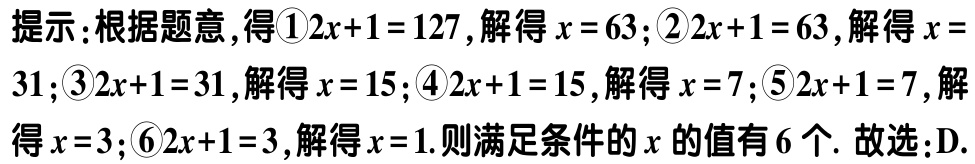
提示：根据题意，得\textcircled{1}\(2x + 1 = 127\)，解得\(x = 63\)；\textcircled{2}\(2x + 1 = 63\)，解得\(x = 31\)；\textcircled{3}\(2x + 1 = 31\)，解得\(x = 15\)；\textcircled{4}\(2x + 1 = 15\)，解得\(x = 7\)；\textcircled{5}\(2x + 1 = 7\)，解得\(x = 3\)；\textcircled{6}\(2x + 1 = 3\)，解得\(x = 1\). 则满足条件的\(x\)的值有\(6\)个. 故选：D.